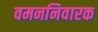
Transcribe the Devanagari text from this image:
वमननिवारक